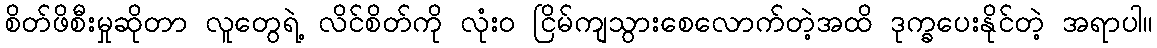
စိတ်ဖိစီးမှုဆိုတာ လူတွေရဲ့ လိင်စိတ်ကို လုံးဝ ငြိမ်ကျသွားစေလောက်တဲ့အထိ ဒုက္ခပေးနိုင်တဲ့ အရာပါ။